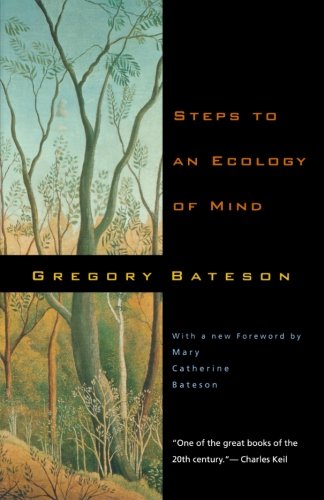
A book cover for Steps to an Ecology of Mind: Collected Essays in Anthropology, Psychiatry, Evolution, and Epistemology; Gregory Bateson; Politics & Social Sciences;